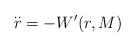
LaTeX: \begin{align*}\overset{..}r = -W'(r,M)\end{align*}